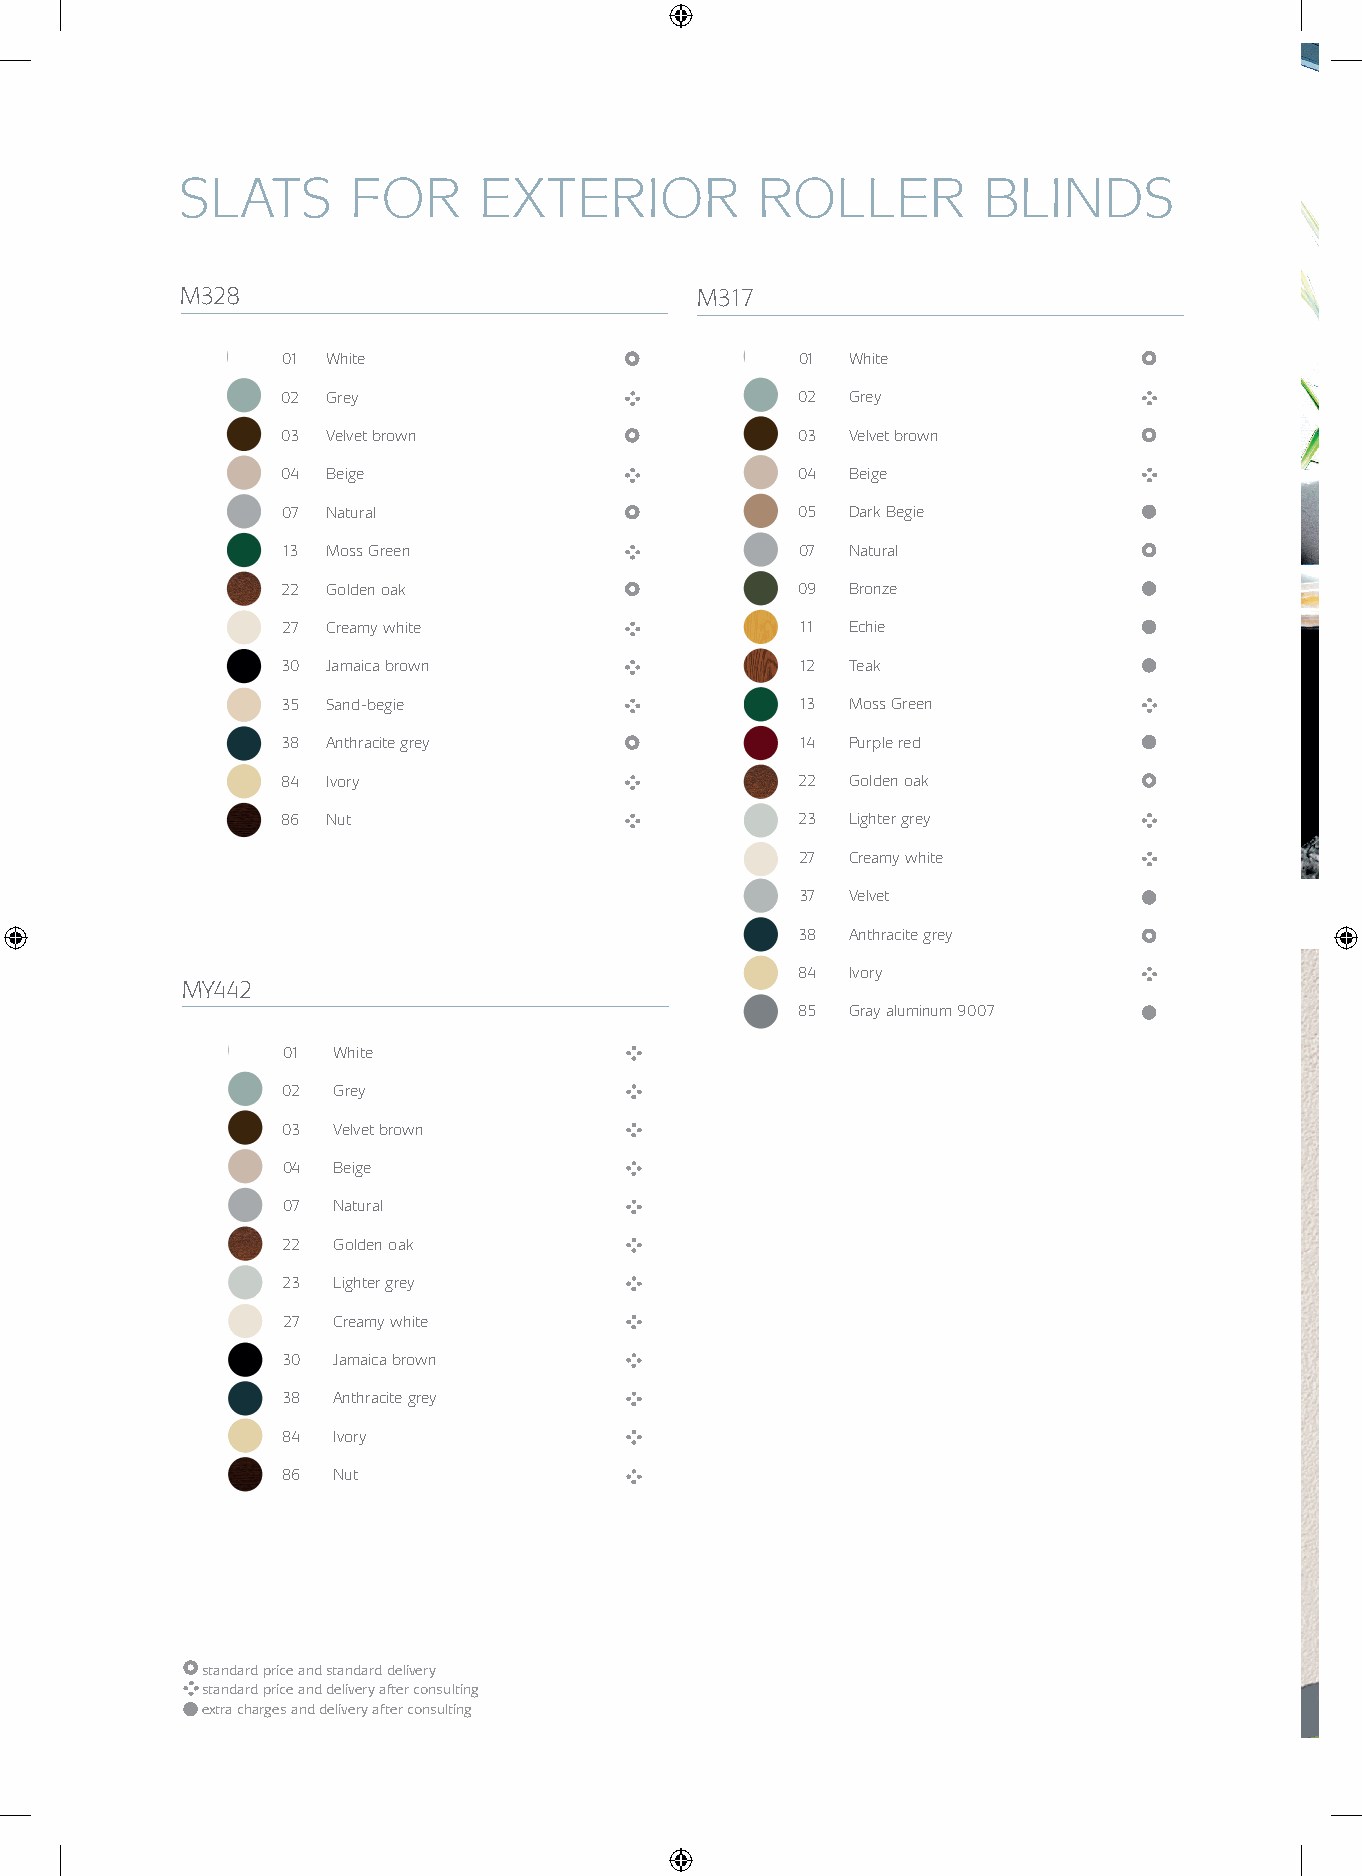
SLATS      FOR      EXTERIOR          ROLLER         BLINDS
 M328                              M317
 01 White                          01 White
 02 Grey                           02 Grey
 03 Velvet brown                   03 Velvet brown
 04 Beige                          04 Beige
 07 Natural                        05 Dark Begie
 13 Moss Green                     07 Natural
 22 Golden oak                     09 Bronze
 27 Creamy white                   11 Echie
 30 Jamaica brown                  12 Teak
 35 Sand-begie                     13 Moss Green
 38 Anthracite grey                14 Purple red
 84 Ivory                          22 Golden oak
 86 Nut                            23 Lighter grey
 27 Creamy white
 37 Velvet
 38 Anthracite grey
 84 Ivory
 MY442
 85 Gray aluminum 9007
 01 White
 02 Grey
 03 Velvet brown
 04 Beige
 07 Natural
 22 Golden oak
 23 Lighter grey
 27 Creamy white
 30 Jamaica brown
 38 Anthracite grey
 84 Ivory
 86 Nut
 standard price and standard delivery
 standard price and delivery after consulting
 extra charges and delivery after consulting